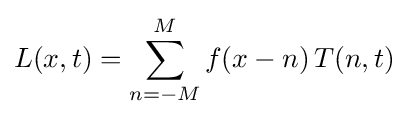
L(x,t)=\sum _{n=-M}^{M}f(x-n)\,T(n,t)